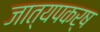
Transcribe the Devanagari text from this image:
जात्यपकर्ष